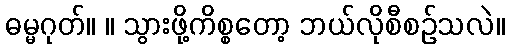
ဓမ္မဂုတ်။ ။ သွားဖို့ကိစ္စတော့ ဘယ်လိုစီစဉ်သလဲ။